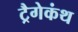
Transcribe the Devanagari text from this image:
ट्रैगेकंथ